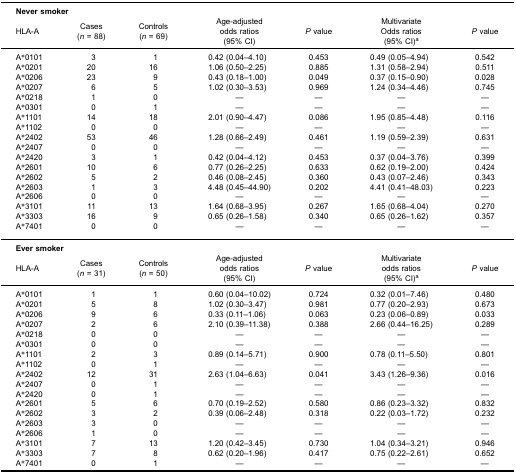
<table><thead><tr><td colspan="2"><b>Never smoker</b></td><td><b> </b></td><td><b> </b></td><td><b> </b></td><td><b> </b></td><td><b> </b></td></tr><tr><td><b>HLA-A</b></td><td><b>Cases(<i>n</i> = 88)</b></td><td><b>Controls(<i>n</i> = 69)</b></td><td><b>Age-adjustedodds ratios(95% CI)</b></td><td><b><i>P</i> value</b></td><td><b>MultivariateOdds ratios(95% CI)<sup>a</sup></b></td><td><b><i>P</i> value</b></td></tr></thead><tbody><tr><td>A*0101</td><td>3</td><td>1</td><td>0.42 (0.04–4.10)</td><td>0.453</td><td>0.49 (0.05–4.94)</td><td>0.542</td></tr><tr><td>A*0201</td><td>20</td><td>16</td><td>1.06 (0.50–2.25)</td><td>0.885</td><td>1.31 (0.58–2.94)</td><td>0.511</td></tr><tr><td>A*0206</td><td>23</td><td>9</td><td>0.43 (0.18–1.00)</td><td>0.049</td><td>0.37 (0.15–0.90)</td><td>0.028</td></tr><tr><td>A*0207</td><td>6</td><td>5</td><td>1.02 (0.30–3.53)</td><td>0.969</td><td>1.24 (0.34–4.46)</td><td>0.745</td></tr><tr><td>A*0218</td><td>1</td><td>0</td><td>—</td><td>—</td><td>—</td><td>—</td></tr><tr><td>A*0301</td><td>0</td><td>1</td><td>—</td><td>—</td><td>—</td><td>—</td></tr><tr><td>A*1101</td><td>14</td><td>18</td><td>2.01 (0.90–4.47)</td><td>0.086</td><td>1.95 (0.85–4.48)</td><td>0.116</td></tr><tr><td>A*1102</td><td>0</td><td>0</td><td>—</td><td>—</td><td>—</td><td>—</td></tr><tr><td>A*2402</td><td>53</td><td>46</td><td>1.28 (0.66–2.49)</td><td>0.461</td><td>1.19 (0.59–2.39)</td><td>0.631</td></tr><tr><td>A*2407</td><td>0</td><td>0</td><td>—</td><td>—</td><td>—</td><td>—</td></tr><tr><td>A*2420</td><td>3</td><td>1</td><td>0.42 (0.04–4.12)</td><td>0.453</td><td>0.37 (0.04–3.76)</td><td>0.399</td></tr><tr><td>A*2601</td><td>10</td><td>6</td><td>0.77 (0.26–2.25)</td><td>0.633</td><td>0.62 (0.19–2.00)</td><td>0.424</td></tr><tr><td>A*2602</td><td>5</td><td>2</td><td>0.46 (0.08–2.45)</td><td>0.360</td><td>0.43 (0.07–2.46)</td><td>0.343</td></tr><tr><td>A*2603</td><td>1</td><td>3</td><td>4.48 (0.45–44.90)</td><td>0.202</td><td>4.41 (0.41–48.03)</td><td>0.223</td></tr><tr><td>A*2606</td><td>0</td><td>0</td><td>—</td><td>—</td><td>—</td><td>—</td></tr><tr><td>A*3101</td><td>11</td><td>13</td><td>1.64 (0.68–3.95)</td><td>0.267</td><td>1.65 (0.68–4.04)</td><td>0.270</td></tr><tr><td>A*3303</td><td>16</td><td>9</td><td>0.65 (0.26–1.58)</td><td>0.340</td><td>0.65 (0.26–1.62)</td><td>0.357</td></tr><tr><td>A*7401</td><td>0</td><td>0</td><td>—</td><td>—</td><td>—</td><td>—</td></tr><tr><td colspan="2"><b>Ever smoker</b></td><td> </td><td> </td><td> </td><td> </td><td> </td></tr><tr><td>HLA-A</td><td>Cases(<i>n</i> = 31)</td><td>Controls(<i>n</i> = 50)</td><td>Age-adjustedodds ratios(95% CI)</td><td><i>P</i> value</td><td>Multivariateodds ratios(95% CI)<sup>a</sup></td><td><i>P</i> value</td></tr><tr><td>A*0101</td><td>1</td><td>1</td><td>0.60 (0.04–10.02)</td><td>0.724</td><td>0.32 (0.01–7.46)</td><td>0.480</td></tr><tr><td>A*0201</td><td>5</td><td>8</td><td>1.02 (0.30–3.47)</td><td>0.981</td><td>0.77 (0.20–2.93)</td><td>0.673</td></tr><tr><td>A*0206</td><td>9</td><td>6</td><td>0.33 (0.11–1.06)</td><td>0.063</td><td>0.23 (0.06–0.89)</td><td>0.033</td></tr><tr><td>A*0207</td><td>2</td><td>6</td><td>2.10 (0.39–11.38)</td><td>0.388</td><td>2.66 (0.44–16.25)</td><td>0.289</td></tr><tr><td>A*0218</td><td>0</td><td>0</td><td>—</td><td>—</td><td>—</td><td>—</td></tr><tr><td>A*0301</td><td>0</td><td>0</td><td>—</td><td>—</td><td>—</td><td>—</td></tr><tr><td>A*1101</td><td>2</td><td>3</td><td>0.89 (0.14–5.71)</td><td>0.900</td><td>0.78 (0.11–5.50)</td><td>0.801</td></tr><tr><td>A*1102</td><td>0</td><td>1</td><td>—</td><td>—</td><td>—</td><td>—</td></tr><tr><td>A*2402</td><td>12</td><td>31</td><td>2.63 (1.04–6.63)</td><td>0.041</td><td>3.43 (1.26–9.36)</td><td>0.016</td></tr><tr><td>A*2407</td><td>0</td><td>1</td><td>—</td><td>—</td><td>—</td><td>—</td></tr><tr><td>A*2420</td><td>0</td><td>1</td><td>—</td><td>—</td><td>—</td><td>—</td></tr><tr><td>A*2601</td><td>5</td><td>6</td><td>0.70 (0.19–2.52)</td><td>0.580</td><td>0.86 (0.23–3.32)</td><td>0.832</td></tr><tr><td>A*2602</td><td>3</td><td>2</td><td>0.39 (0.06–2.48)</td><td>0.318</td><td>0.22 (0.03–1.72)</td><td>0.232</td></tr><tr><td>A*2603</td><td>3</td><td>0</td><td>—</td><td>—</td><td>—</td><td>—</td></tr><tr><td>A*2606</td><td>1</td><td>0</td><td>—</td><td>—</td><td>—</td><td>—</td></tr><tr><td>A*3101</td><td>7</td><td>13</td><td>1.20 (0.42–3.45)</td><td>0.730</td><td>1.04 (0.34–3.21)</td><td>0.946</td></tr><tr><td>A*3303</td><td>7</td><td>8</td><td>0.62 (0.20–1.96)</td><td>0.417</td><td>0.75 (0.22–2.61)</td><td>0.652</td></tr><tr><td>A*7401</td><td>0</td><td>1</td><td>—</td><td>—</td><td>—</td><td>—</td></tr></tbody></table>